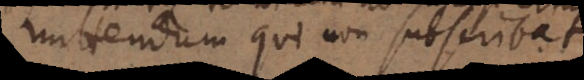
admittendum qui non subscribat.